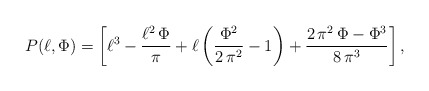
\begin{align*} P(\ell,\Phi)=\left[\ell^3 - \frac{\ell^2\,\Phi }{\pi } + \ell \left( \frac{{\Phi }^2}{2\,{\pi }^2} -1 \right) + \frac{2\,{\pi }^2\,\Phi - {\Phi }^3}{8\,{\pi }^3}\right],\end{align*}